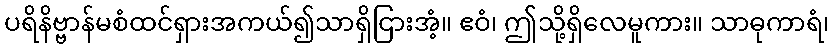
ပရိနိဗ္ဗာန်မစံထင်ရှားအကယ်၍သာရှိငြားအံ့။ ဧဝံ၊ ဤသို့ရှိလေမူကား။ သာဓုကာရံ၊